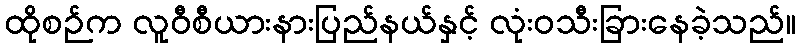
ထိုစဉ်က လူဝီစီယားနားပြည်နယ်နှင့် လုံးဝသီးခြားနေခဲ့သည်။